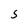
Character: 5